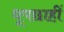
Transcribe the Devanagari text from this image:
धूपछाहीं